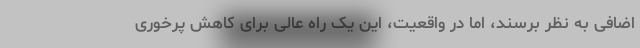
اضافی به نظر برسند، اما در واقعیت، این یک راه عالی برای کاهش پرخوری